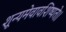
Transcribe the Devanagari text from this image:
शून्यमेवावशिष्यते।।